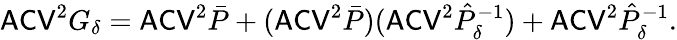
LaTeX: \mathsf{ACV}^{2}G_{\delta}=\mathsf{ACV}^{2}\bar{P}+(\mathsf{ACV}^{2}\bar{P})(\mathsf{ACV}^{2}\hat{P}_{\delta}^{-1})+\mathsf{ACV}^{2}\hat{P}_{\delta}^{-1}.